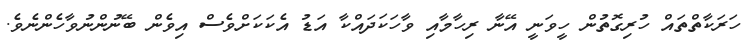
ހަރަކާތްތައް ހުރިގޮތުން ހީވަނީ އޭނާ ރިހާމާއި ވާހަކަދައްކާ އަޑު އެކަކަށްވެސް އިވެން ބޭނުންނުވާހެންނެވެ.